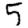
Digit: 5